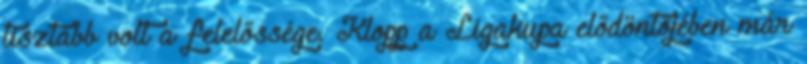
tisztább volt a felelőssége. Klopp a Ligakupa elődöntőjében már